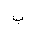
Letter: _ba